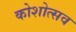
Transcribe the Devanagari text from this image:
कोशोत्सव